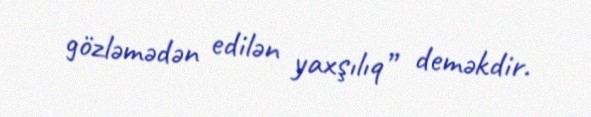
gözləmədən edilən yaxşılıq” deməkdir.